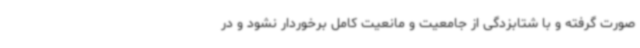
صورت گرفته و با شتابزدگی از جامعیت و مانعیت کامل برخوردار نشود و در